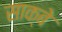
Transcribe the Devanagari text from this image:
साक्बे